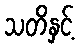
သတိနှင့်